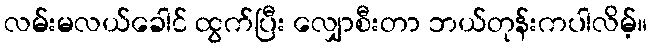
လမ်းမလယ်ခေါင် ထွက်ပြီး လျှောစီးတာ ဘယ်တုန်းကပါလိမ့်။